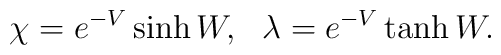
\chi =e^{-V}\sinh W , ~~  \lambda = e^{-V}\tanh W       .